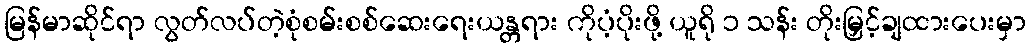
မြန်မာဆိုင်ရာ လွတ်လပ်တဲ့စုံစမ်းစစ်ဆေးရေးယန္တရား ကိုပံ့ပိုးဖို့ ယူရို ၁ သန်း တိုးမြှင့်ချထားပေးမှာ